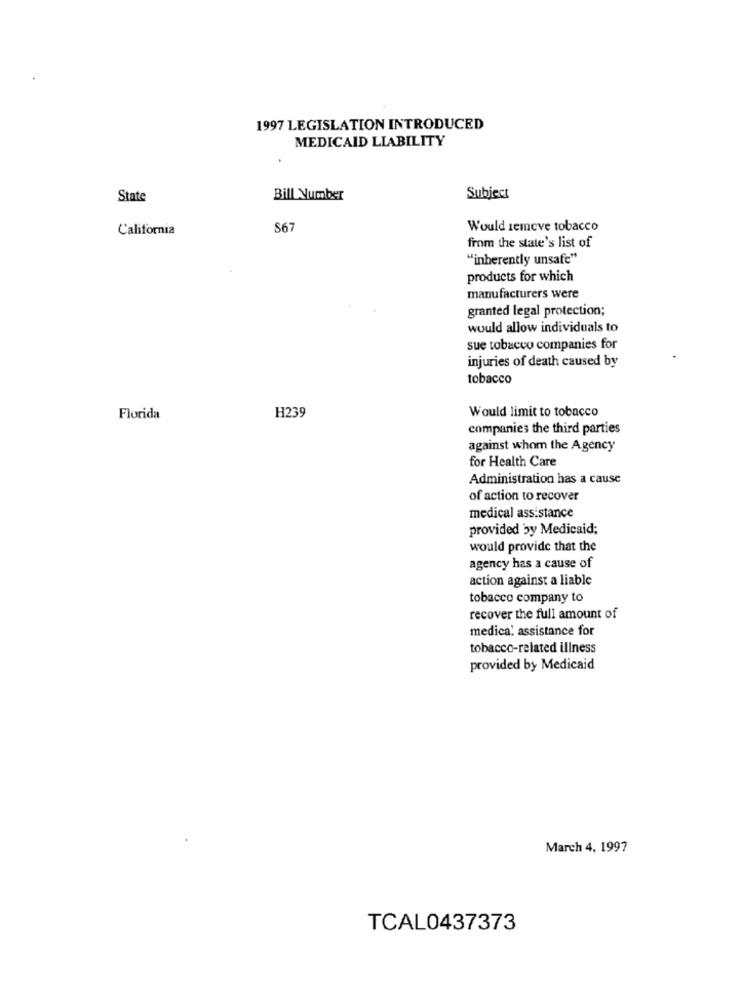
1997 LEGISLATION INTRODUCED
MEDICAID LIABILITY
State
Bill Number
Subject
California
S67
Would semeve tobacco
from the state's list of
"inherently unsafe"
products for which
manufacturers were
granted legal protection;
would allow individuals to
sue tobacco companies for
injuries of death caused by
tobacco
Florida
H239
Would limit to tobacco
companies the third parties
against whom the Agency
for Health Care
Administration has a cause
of action to recover
medical assistance
provided by Medicaid;
would provide that the
agency has a cause of
action against a liable
tobacco company to
recover the full amount of
medica! assistance for
tobacco-related illness
provided by Medicaid
March 4, 1997
TCAL0437373